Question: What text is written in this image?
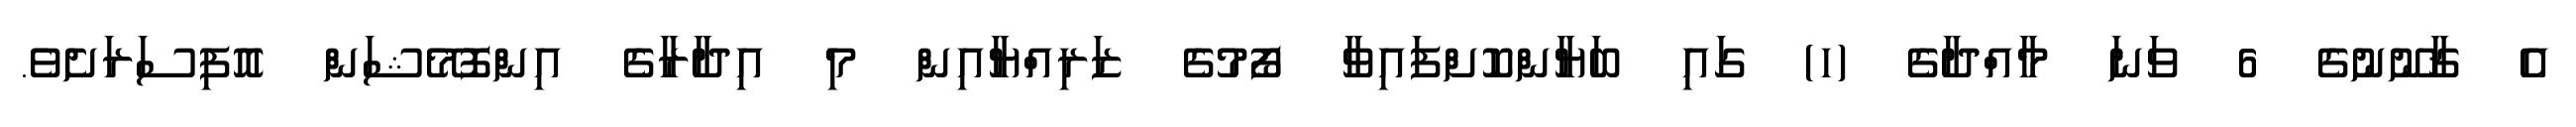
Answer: އެ ޤާނޫނުގެ 6 ވަނަ މާއްދާގެ (ހ) ގައި ބަޔާންކޮށްފައިވާ ފޯމުގެ ޒަރިއްޔާއިން މި އިދާރާގެ އިންފޮމޭޝަން އޮފިސަރަށެވެ.